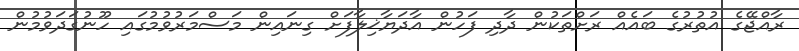
ރާއްޖޭގެ އުތުރުގެ ބައެއް ރަށްތަކުން ދާދި ފަހުން އާދަޔާޚިލާފަށް ގިނައިން މަސްމަރުވުމުގައި ހޫނުގަދަވުމުން